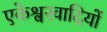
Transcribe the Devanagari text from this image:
एकेश्वरवादियों